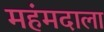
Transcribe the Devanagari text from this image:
महंमदाला